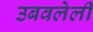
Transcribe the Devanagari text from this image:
उबवलेली